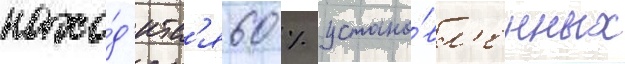
нахо́д'итс'я 60 % устано́вл'енных